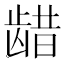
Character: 𫜬